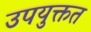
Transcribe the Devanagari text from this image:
उपयुक्तत